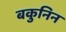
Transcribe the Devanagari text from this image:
बकुनिन